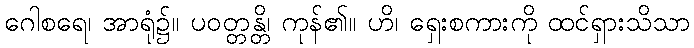
ဂေါစရေ၊ အာရုံ၌။ ပဝတ္တန္တိ၊ ကုန်၏။ ဟိ၊ ရှေးစကားကို ထင်ရှားသိသာ